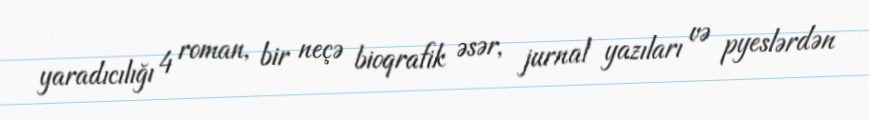
yaradıcılığı 4 roman, bir neçə bioqrafik əsər, jurnal yazıları və pyeslərdən